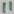
Text: 11